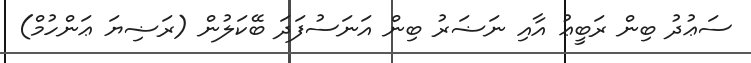
ސަޢުދު ބިން ރަބީޢު އާއި ނަޟަރު ބިން އަނަސުފަދަ ބޭކަލުން (ރަޟިޔަ ޢަންހުމް)